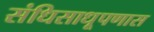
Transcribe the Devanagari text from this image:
संधिसाधूपणास